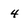
Character: 4